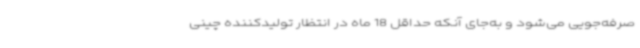
صرفه‌جویی می‌شود و به‌جای آنکه حداقل 18 ماه در انتظار تولیدکننده چینی